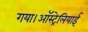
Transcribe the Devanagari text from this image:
गया।ऑस्ट्रेलियाई